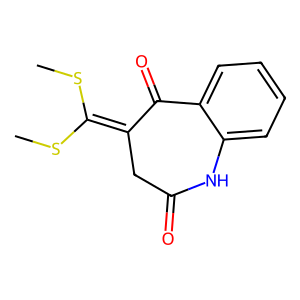
SMILES: CSC(SC)=C1CC(=O)Nc2ccccc2C1=O
Inhibits HIV replication: No